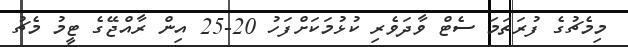
މިމެޗުގެ ފުރަތަމަ ސެޓް ވާދަވެރި ކުޅުމަކަށްފަހު 20-25 އިން ރާއްޖޭގެ ޓީމު މެޗު